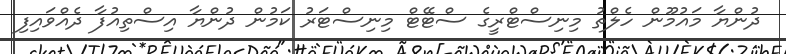
ދުންޔާ މައުމޫން ހެލްތު މިނިސްޓްރީގެ ސްޓޭޓް މިނިސްޓަރު ކަމުން ދުންޔާ އިސްތިއުފާ ދެއްވައިފި